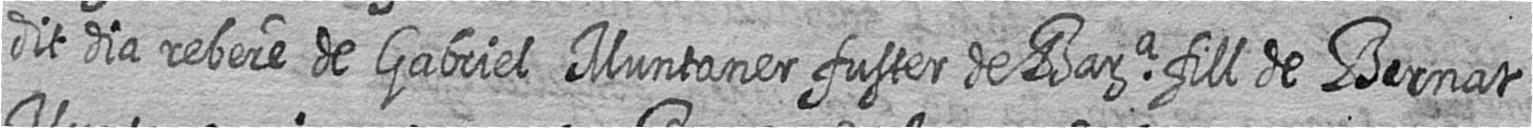
dit dia rebere de Gabriel Muntaner fuster de Bara fill de Bernat